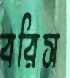
বরিস